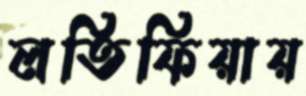
লতিফিয়ায়